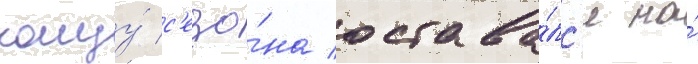
концу́ с'езо́на остава́лс'я на́